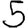
Digit: 5